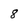
Character: 8